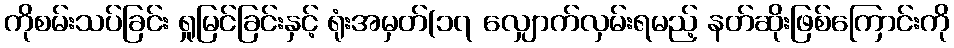
ကိုစမ်းသပ်ခြင်း ရှုမြင်ခြင်းနှင့် ရုံးအမှတ်(၁၇ လျှောက်လှမ်းရမည့် နတ်ဆိုးဖြစ်ကြောင်းကို